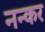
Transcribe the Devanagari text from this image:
नन्कर